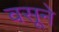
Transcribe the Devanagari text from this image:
वसूने